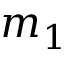
m _ { 1 }